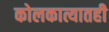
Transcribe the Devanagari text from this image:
कोलकात्यातही